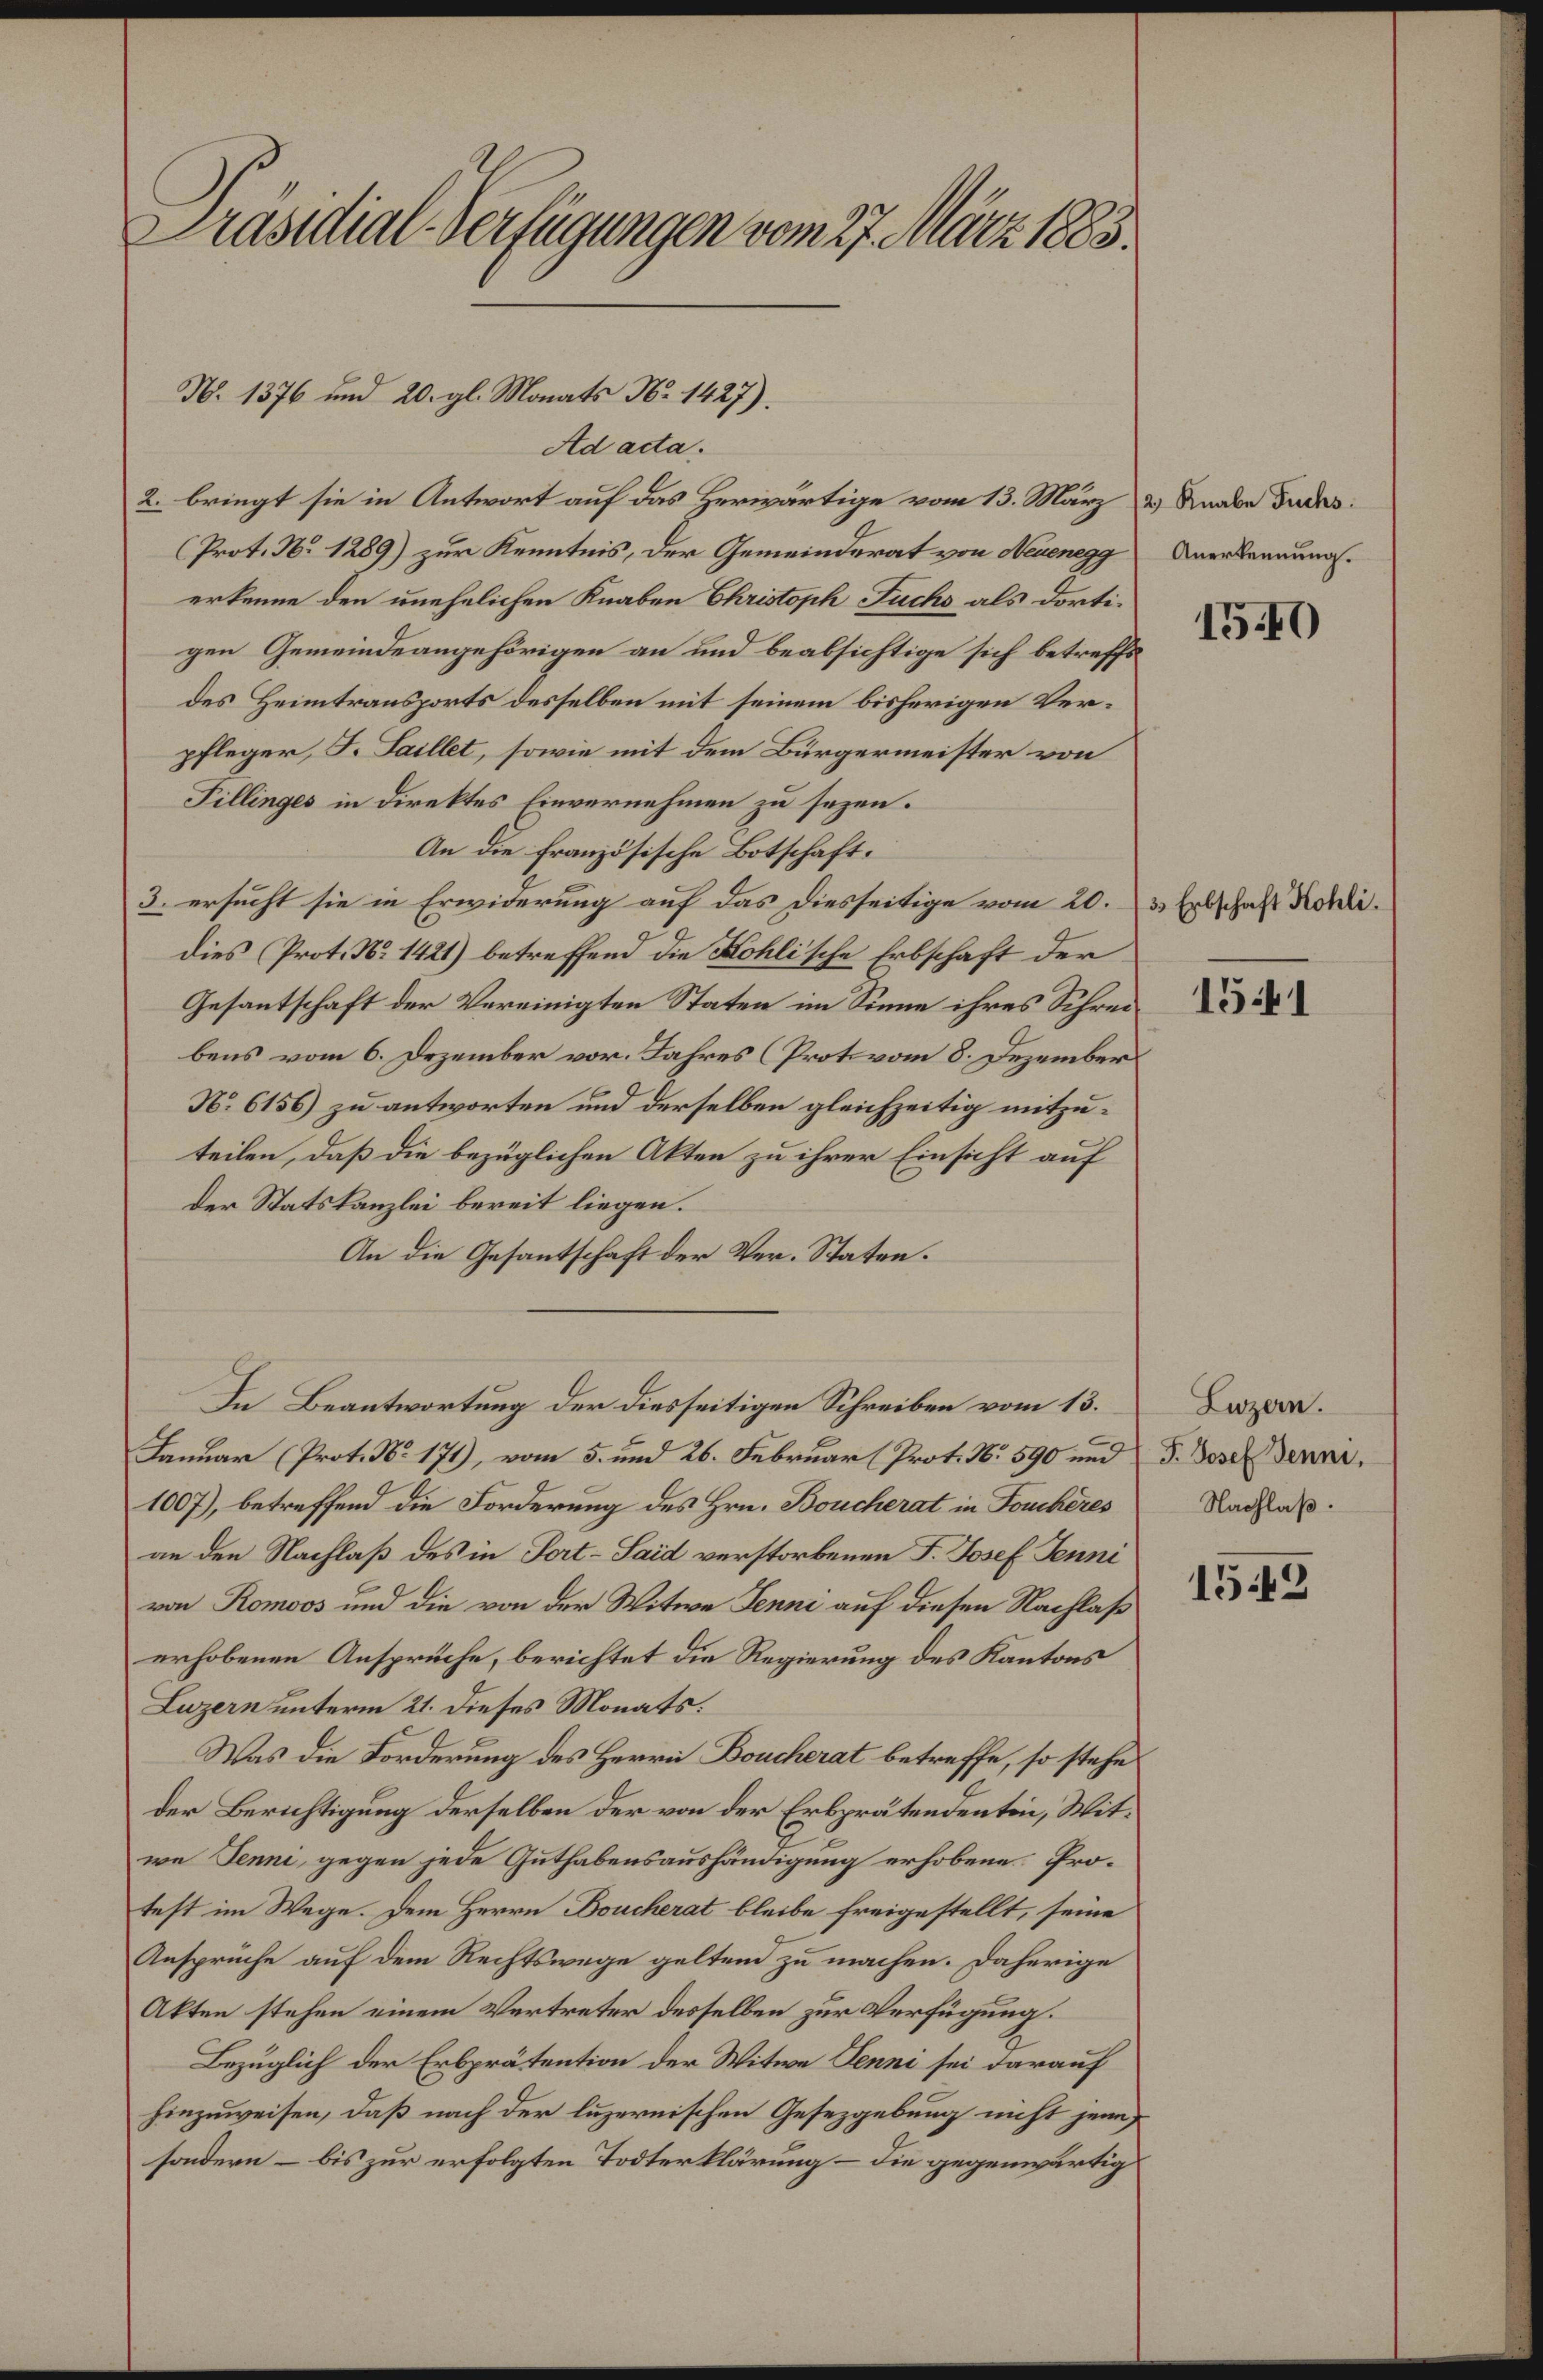
Präsidial-Verfügungen vom 27. März 1883.

N. 1376 und 20. gl. Monats No 1427).

Ad acta.
2. bringt sie in Antwort auf das Herwärtige vom 13. März u. Knabe Fuchs.
(Prot. No. 1289) zur Kenntnis, der Gemeinderat von Neuenegg
erkenne den unehelichen Knaben Christoph Fuchs als dortigen Gemeindeangehörigen an und beabsichtige sich betreffs
des Heimtransports desselben mit seinem bisherigen Verpfleger, J. Saillet, sowie mit dem Bürgermeister von
Fillinges in direktes Einvernehmen zu sezen.
An die französische Botschaft.
3. ersucht sie in Erwiderung auf das diesseitige vom 20.
dies (Prot. No 1421) betreffend die Kohlische Erbschaft der
Gesantschaft der Vereinigten Staten im Sinne ihres Schreibens vom 6. Dezember vor. Jahres (Proto vom 8. Dezember
No 6156) zu antworten und derselben gleichzeitig mitzuteilen, daß die bezüglichen Akten zu ihrer Einsicht auf
Der Statskanzlei bereit liegen.
An die Gesantschaft der Ver-Staten.
In Beantwortung der diesseitigen Schreiben vom 13.
Januar (Prot. No. 171), vom 5. und 26. Februar (Prot. No. 590 und F. Bosch Benne,
1007), betreffend die Forderung des Hrn. Boucherat in Forchères
an den Nachlaß des in Fort-Said verstorbenen F. Josef Jenni
von Romoos und die von der Witwe Jenni auf diesen Nachlaß
erhobenen Ansprüche, berichtet die Regierung des Kantons
Luzern unterm 21. dieses Monats:
Was die Forderung des Herrn Boucherat betreffe, so stehe
der Berichtigung derselben der von der Erbprätendenten, Witwe Jenni, gegen jede Guthabensaushändigung erhobene Protest im Wege. Dem Herrn Doucherat bleibe freigestellt, seine
Ansprüche auf dem Rechtswege gelten zu machen. Daherige
Akten stehen einem Vertreter desselben zur Verfügung.
Bezüglich der Erbprätention der Witwe Jenni sei darauf
hinzuweisen, daß nach der luzernischen Gesezgebung nicht jene
sondern – bis zur erfolgten Todterklärung – die gegenwärtig

Anerkennung.

15.40

3.) Erbschaft Kohli.

1541

Luzern.
Nachlaß.

1543